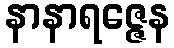
နာနာရဇ္ဇေန